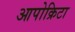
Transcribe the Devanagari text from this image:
आपोक्रिटा